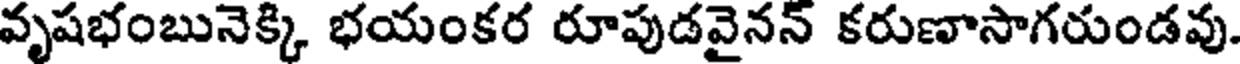
వృషభంబునెక్కి భయంకర రూపుడవైనన్ కరుణాసాగరుండవు